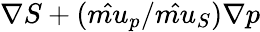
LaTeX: \nabla S+(\hat{mu}_{p}/\hat{mu}_{S})\nabla p